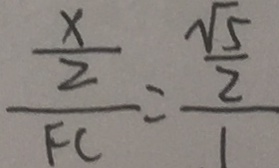
\frac { \frac { x } { 2 } } { F C } = \frac { \frac { \sqrt { 5 } } { 2 } } { 1 }